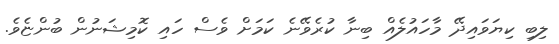
ލިބި ކިޔަވައިދޭ މާހައުލެއް ބިނާ ކުރެވޭނެ ކަމަށް ވެސް ހައި ކޮމިޝަނުން ބުންޏެވެ.